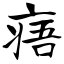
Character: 痦